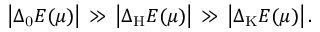
\left| \Delta _ { \mathrm { 0 } } E ( \mu ) \right| \, \gg \, \left| \Delta _ { \mathrm { H } } E ( \mu ) \right| \, \gg \, \left| \Delta _ { \mathrm { K } } E ( \mu ) \right| .